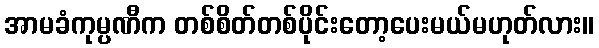
အာမခံကုမ္ပဏီက တစ်စိတ်တစ်ပိုင်းတော့ပေးမယ်မဟုတ်လား။